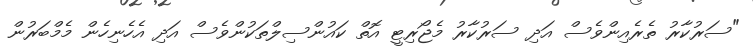
"ސަރުކާރު ތެރެއިންވެސް އަދި ސަރުކާރު މެޖޯރިޓީ އޮތް ކައުންސިލްތަކުންވެސް އަދި އެހެނިހެން މެމްބަރުން